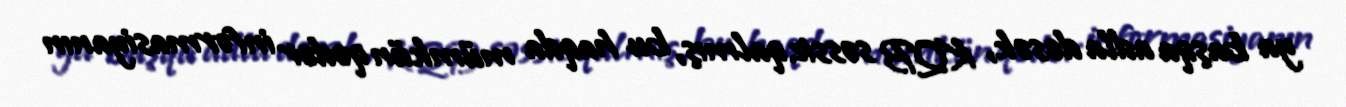
ya başqa adla desək, KQB səssiz qalmış, bu haqda mümkün qədər informasiyanın